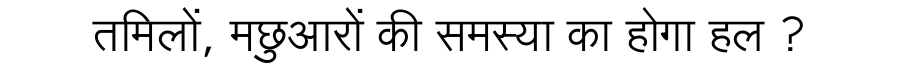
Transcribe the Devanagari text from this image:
तमिलों, मछुआरों की समस्या का होगा हल ?